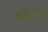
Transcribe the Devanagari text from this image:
डॉवलेट